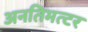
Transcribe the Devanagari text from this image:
अनतिमत्टर